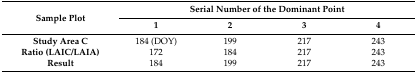
| <ROWSPAN=2> Sample Plot | <COLSPAN=4> Serial Number of the Dominant Point |
 | 1 | 2 | 3 | 4 |
 | --- | --- | --- | --- | --- |
 | Study Area C | 184 (DOY) | 199 | 217 | 243 |
 | Ratio (LAIC/LAIA) | 172 | 184 | 217 | 243 |
 | Result | 184 | 199 | 217 | 243 |